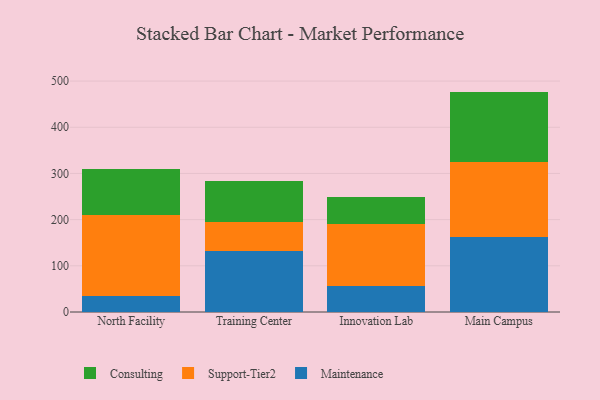
{"axis": {"x": "Campus", "y": "Customer Acquisition Cost (USD)"}, "legend": ["Consulting", "Maintenance", "Support-Tier2"], "data": [{"x": "North Facility", "y": 34.0, "type": "Maintenance"}, {"x": "North Facility", "y": 175.6, "type": "Support-Tier2"}, {"x": "North Facility", "y": 99.2, "type": "Consulting"}, {"x": "Training Center", "y": 132.4, "type": "Maintenance"}, {"x": "Training Center", "y": 61.7, "type": "Support-Tier2"}, {"x": "Training Center", "y": 90.5, "type": "Consulting"}, {"x": "Innovation Lab", "y": 55.3, "type": "Maintenance"}, {"x": "Innovation Lab", "y": 136.2, "type": "Support-Tier2"}, {"x": "Innovation Lab", "y": 56.8, "type": "Consulting"}, {"x": "Main Campus", "y": 163.4, "type": "Maintenance"}, {"x": "Main Campus", "y": 160.7, "type": "Support-Tier2"}, {"x": "Main Campus", "y": 153.1, "type": "Consulting"}]}